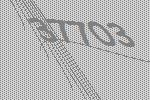
37703